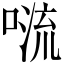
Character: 𠺩